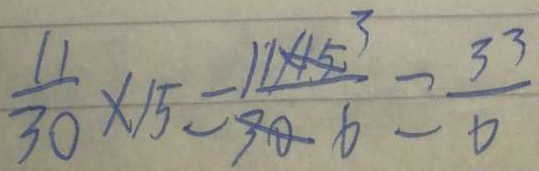
\frac { 1 1 } { 3 0 } \times 1 5 = \frac { 1 1 \times 1 5 } { 3 0 } = \frac { 3 3 } { 6 }